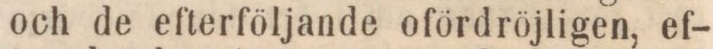
och de efterföljande ofördröjligen, ef-